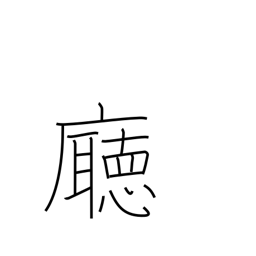
Meaning: government office